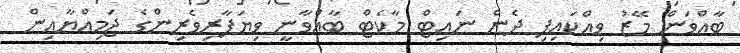
ބާއްވަން މޭޒު ވިއްކައިފި ދެން ނައިޓް މާކެޓް ބާއްވާނީ ވިޔަފާރިވެރިންގެ ޖަމިއްޔާއިން